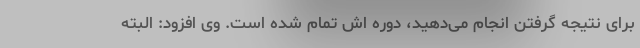
برای نتیجه گرفتن انجام می‌دهید، دوره اش تمام شده است. وی افزود: البته